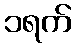
၁ရက်